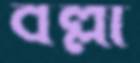
বল্লী